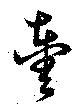
輿